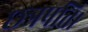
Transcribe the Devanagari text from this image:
छत्रपति।